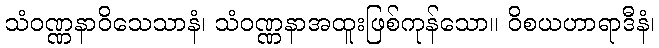
သံဝဏ္ဏနာဝိသေသာနံ၊ သံဝဏ္ဏနာအထူးဖြစ်ကုန်သော။ ဝိစယဟာရာဒီနံ၊